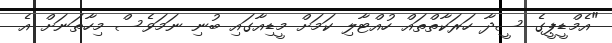
"އެމްޑީޕީގެ ސީދާ ހަރަކާތްތައް ހުއްޓާލި ކަމަށް މީޑިއާގައި ބުނި ނަމަވެސް މިހާތަނަށް އެ